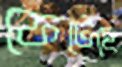
ফেটেছে